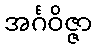
အင်္ဂဝိဇ္ဇာ